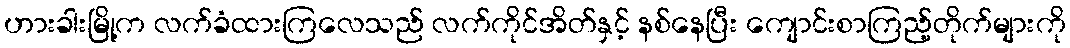
ဟားခါးမြို့က လက်ခံထားကြလေသည် လက်ကိုင်အိတ်နှင့် နစ်နေပြီး ကျောင်းစာကြည့်တိုက်များကို